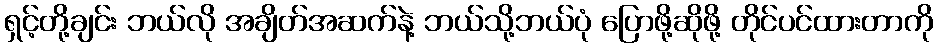
ရှင့်တို့ချင်း ဘယ်လို အချိတ်အဆက်နဲ့ ဘယ်သို့ဘယ်ပုံ ပြောဖို့ဆိုဖို့ တိုင်ပင်ထားတာကို